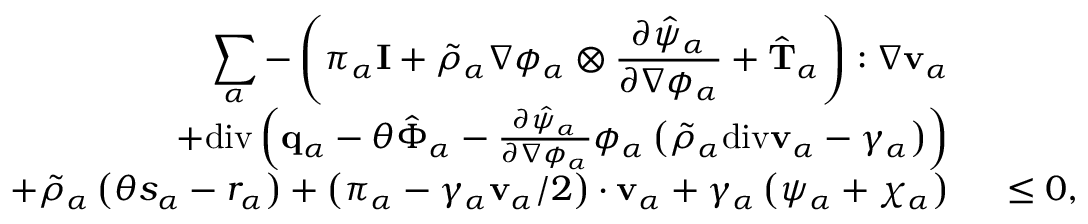
\begin{array} { r l } { \displaystyle \sum _ { \alpha } - \left( \pi _ { \alpha } \mathbf { I } + \tilde { \rho } _ { \alpha } \nabla \phi _ { \alpha } \otimes \frac { \partial \hat { \psi } _ { \alpha } } { \partial \nabla \phi _ { \alpha } } + \hat { \mathbf { T } } _ { \alpha } \right) : \nabla \mathbf { v } _ { \alpha } } & { { } } \\ { + \mathrm { d i v } \left( \mathbf { q } _ { \alpha } - \theta \hat { \boldsymbol { \Phi } } _ { \alpha } - \frac { \partial \hat { \psi } _ { \alpha } } { \partial \nabla \phi _ { \alpha } } \phi _ { \alpha } \left( \tilde { \rho } _ { \alpha } \mathrm { d i v } \mathbf { v } _ { \alpha } - \gamma _ { \alpha } \right) \right) } & { { } } \\ { + \tilde { \rho } _ { \alpha } \left( \theta s _ { \alpha } - r _ { \alpha } \right) + \left( \boldsymbol { \pi } _ { \alpha } - \gamma _ { \alpha } \mathbf { v } _ { \alpha } / 2 \right) \cdot \mathbf { v } _ { \alpha } + \gamma _ { \alpha } \left( \psi _ { \alpha } + \chi _ { \alpha } \right) } & { { } ~ \leq 0 , } \end{array}